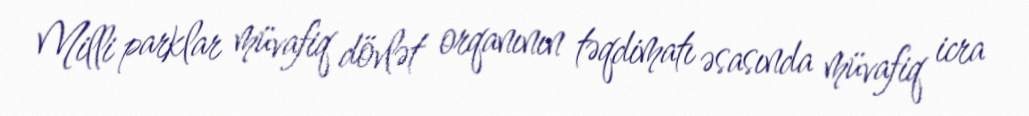
Milli parklar müvafiq dövlət orqanının təqdimatı əsasında müvafiq icra